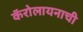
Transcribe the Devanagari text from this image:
कॅरोलायनाची